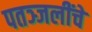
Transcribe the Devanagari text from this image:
पतञ्जलींचे